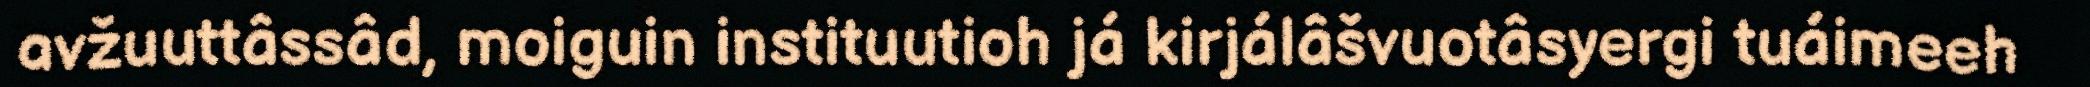
avžuuttâssâd, moiguin instituutioh já kirjálâšvuotâsyergi tuáimeeh